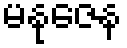
မနုဇေန